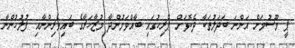
ޕީ މޫސުމަށް އަންނަ ބަދަލުތަކާ ދެކޮޅަށް ޕެރިހުގައި ބާއްވަމުންދާ މުޒާހަރާގެ ބައިވެރިންނާއި ފުލުހުންނާ